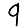
Digit: 9